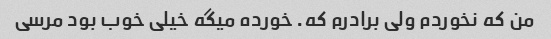
من که نخوردم ولی برادرم که. خورده میگه خیلی خوب بود مرسی